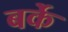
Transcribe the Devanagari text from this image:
बर्के